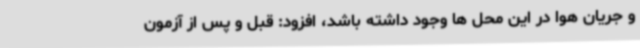
و جریان هوا در این محل ها وجود داشته باشد، افزود: قبل و پس از آزمون